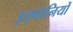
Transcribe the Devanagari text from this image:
इख़्वानियों